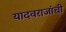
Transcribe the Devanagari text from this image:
यादवराजांची